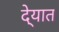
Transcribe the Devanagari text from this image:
दे्यात